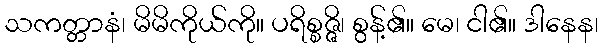
သကတ္တာနံ၊ မိမိကိုယ်ကို။ ပရိစ္စဇ္ဇိ၊ စွန့်၏။ မေ၊ ငါ၏။ ဒါနေန၊